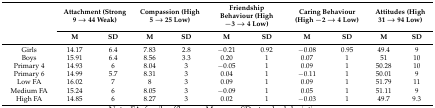
<table><thead><tr><td rowspan="2"></td><td colspan="2"><b>Attachment (Strong 9 → 44 Weak)</b></td><td colspan="2"><b>Compassion (High 5 → 25 Low)</b></td><td colspan="2"><b>Friendship Behaviour (High −3 → 4 Low)</b></td><td colspan="2"><b>Caring Behaviour (High −2 → 4 Low)</b></td><td colspan="2"><b>Attitudes (High 31 → 94 Low)</b></td></tr><tr><td><b>M</b></td><td><b>SD</b></td><td><b>M</b></td><td><b>SD</b></td><td><b>M</b></td><td><b>SD</b></td><td><b>M</b></td><td><b>SD</b></td><td><b>M</b></td><td><b>SD</b></td></tr></thead><tbody><tr><td>Girls</td><td>14.17</td><td>6.4</td><td>7.83</td><td>2.8</td><td>−0.21</td><td>0.92</td><td>−0.08</td><td>0.95</td><td>49.4</td><td>9</td></tr><tr><td>Boys</td><td>15.91</td><td>6.4</td><td>8.56</td><td>3.3</td><td>0.20</td><td>1</td><td>0.07</td><td>1</td><td>51</td><td>10</td></tr><tr><td>Primary 4</td><td>14.93</td><td>6</td><td>8.04</td><td>3</td><td>−0.05</td><td>1</td><td>0.09</td><td>1</td><td>50.28</td><td>10</td></tr><tr><td>Primary 6</td><td>14.99</td><td>5.7</td><td>8.31</td><td>3</td><td>0.04</td><td>1</td><td>−0.11</td><td>1</td><td>50.01</td><td>9</td></tr><tr><td>Low FA</td><td>16.02</td><td>7</td><td>8</td><td>3</td><td>0.09</td><td>1</td><td>0.09</td><td>1</td><td>51.79</td><td>11</td></tr><tr><td>Medium FA</td><td>15.24</td><td>6</td><td>8.05</td><td>3</td><td>−0.09</td><td>1</td><td>0.05</td><td>1</td><td>51.11</td><td>9</td></tr><tr><td>High FA</td><td>14.85</td><td>6</td><td>8.27</td><td>3</td><td>0.02</td><td>1</td><td>−0.03</td><td>1</td><td>49.7</td><td>9.3</td></tr></tbody></table>